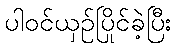
ပါဝင်ယှဉ်ပြိုင်ခဲ့ပြီး